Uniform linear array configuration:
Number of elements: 4
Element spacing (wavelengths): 1
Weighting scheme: blackman
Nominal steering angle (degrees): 30
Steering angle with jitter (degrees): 28.397
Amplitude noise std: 0.05
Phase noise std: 0.05

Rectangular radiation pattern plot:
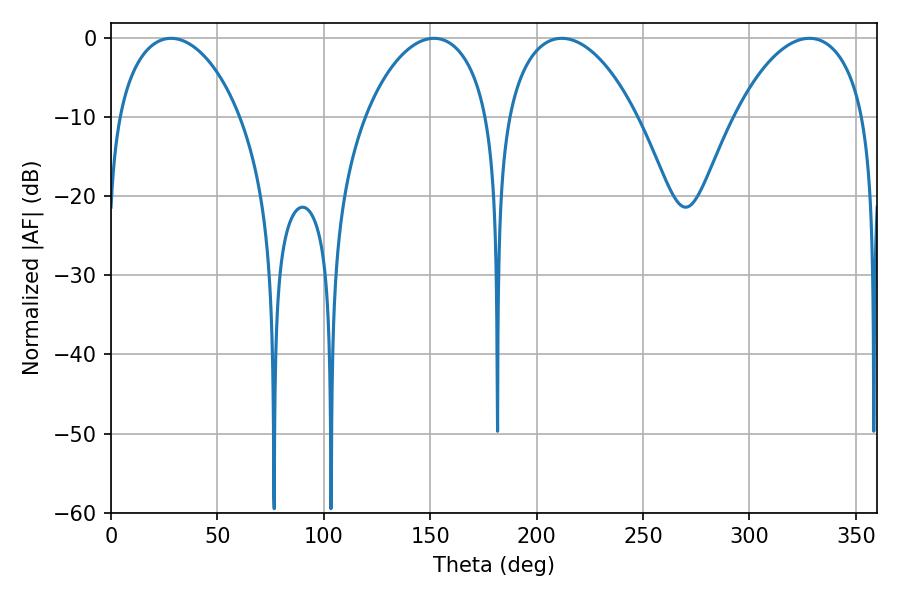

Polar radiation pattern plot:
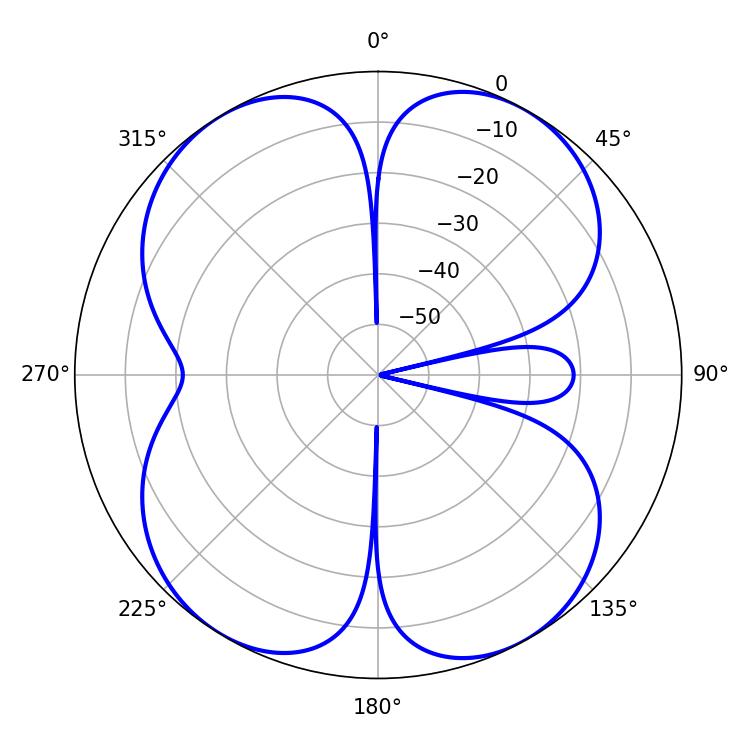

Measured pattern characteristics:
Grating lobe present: TRUE
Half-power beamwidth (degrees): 34.74
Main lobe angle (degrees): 211.86